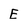
Character: E